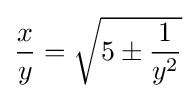
{\frac {x}{y}}={\sqrt {5\pm {\frac {1}{y^{2}}}}}